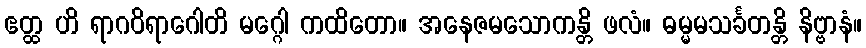
ဧတ္ထ ဟိ ရာဂဝိရာဂေါတိ မဂ္ဂေါ ကထိတော။ အနေဇမသောကန္တိ ဖလံ။ ဓမ္မမသင်္ခတန္တိ နိဗ္ဗာနံ။